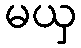
မယှ